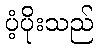
ပံ့ပိုးသည်